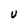
Character: U